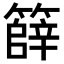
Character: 𮆞